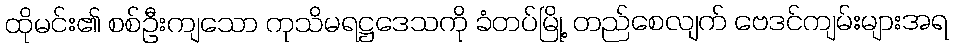
ထိုမင်း၏ စစ်ဦးကျသော ကုသိမရဋ္ဌဒေသကို ခံတပ်မြို့ တည်စေလျက် ဗေဒင်ကျမ်းများအရ